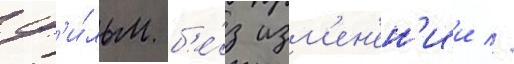
ф'и́льм б'е́з изм'ен'ен'ии //